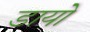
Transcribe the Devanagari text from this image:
डायो